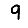
Digit: 9